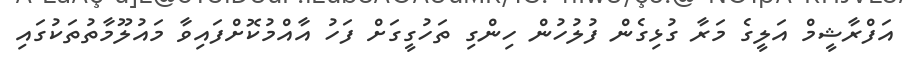
އަފްރާޝީމް އަލީގެ މަރާ ގުޅިގެން ފުލުހުން ހިންގި ތަހުގީގަށް ފަހު އާއްމުކޮށްފައިވާ މައުލޫމާތުތަކުގައި